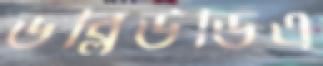
ডব্লিউডিএ